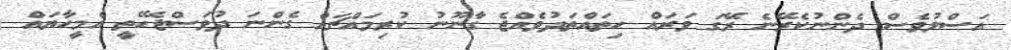
އަސްލުވެސް ދެންނުކެރޭނެ ރޭގަ ވަރައް ހިތައްތަދުވެއްޖެ ގާނޫނު ކުރިމައްޗައް ގެންނަ ދުވަސްޖެހޭތީ އެމީހާޔައް